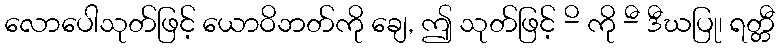
လောပေါသုတ်ဖြင့် ယောဝိဘတ်ကို ချေ, ဤ သုတ်ဖြင့် -ိ ကို -ီ ဒီဃပြု၊ ရတ္တီ